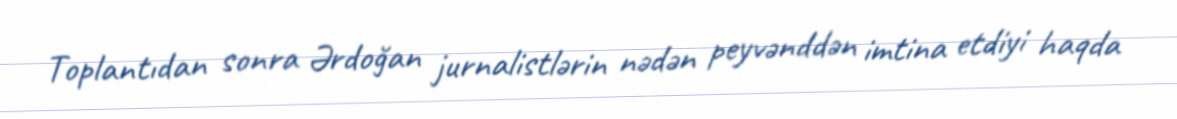
Toplantıdan sonra Ərdoğan jurnalistlərin nədən peyvənddən imtina etdiyi haqda